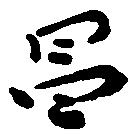
昌